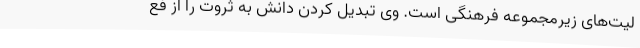
لیت‌های زیرمجموعه فرهنگی است. وی تبدیل کردن دانش به ثروت را از فع